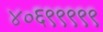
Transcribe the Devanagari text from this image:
४०६९९९९९